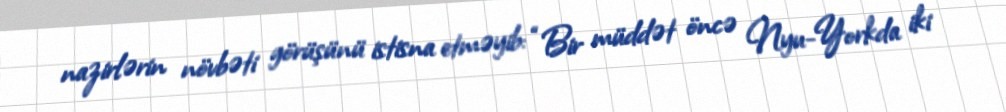
nazirlərin növbəti görüşünü istisna etməyib: “Bir müddət öncə Nyu-Yorkda iki